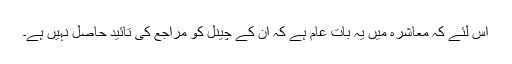
اس لئے کہ معاشرہ میں یہ بات عام ہے کہ ان کے چینل کو مراجع کی تائید حاصل نہیں ہے۔